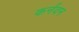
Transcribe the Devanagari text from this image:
कर्नवन